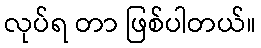
လုပ်ရ တာ ဖြစ်ပါတယ်။